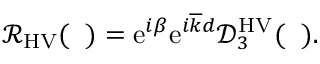
\begin{array} { r } { \mathcal { R } _ { \mathrm { H V } } ( { \it \Delta \phi } ) = \mathrm { e } ^ { i \beta } \mathrm { e } ^ { i \overline { { k } } d } \mathcal { D } _ { 3 } ^ { \mathrm { H V } } ( { \it \Delta \phi } ) . } \end{array}